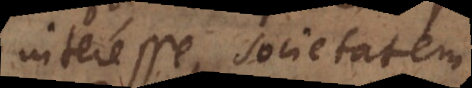
interesse, societatem